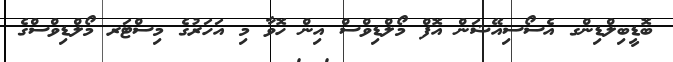
ބޮޑީބިލްޑިންގ އެސޯސިއޭޝަން އޮފް މޯލްޑިވްސް އިން ހޮވާ މި އަހަރުގެ މިސްޓަރ މޯލްޑިވްސްގެ